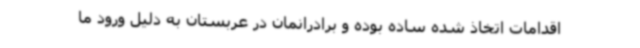
اقدامات اتخاذ شده ساده بوده و برادرانمان در عربستان به دلیل ورود ما